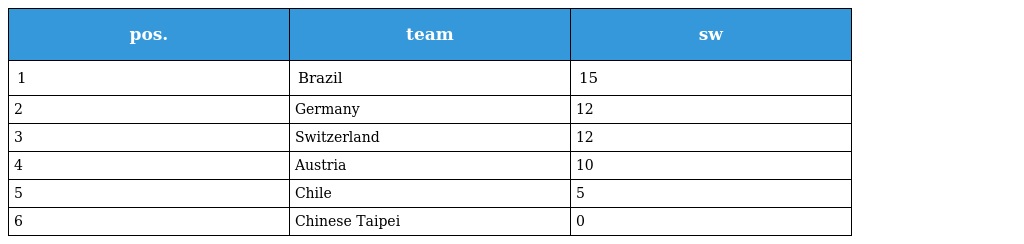
| pos. | team | sw |
 | --- | --- | --- |
 | 1 | Brazil | 15 |
 | 2 | Germany | 12 |
 | 3 | Switzerland | 12 |
 | 4 | Austria | 10 |
 | 5 | Chile | 5 |
 | 6 | Chinese Taipei | 0 |